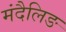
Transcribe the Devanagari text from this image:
मंदैलिङ